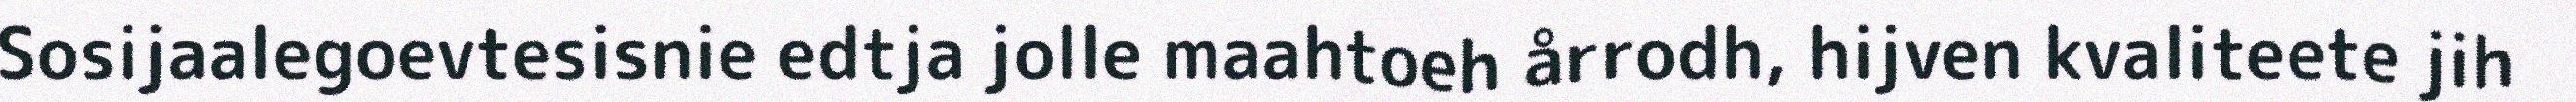
Sosijaalegoevtesisnie edtja jolle maahtoeh årrodh, hijven kvaliteete jih